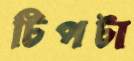
টিপটা